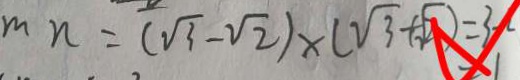
m n = ( \sqrt { 3 } - \sqrt { 2 } ) \times ( \sqrt { 3 } + \sqrt { 2 } ) = 3 - 2 = 1